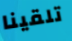
تلقينا